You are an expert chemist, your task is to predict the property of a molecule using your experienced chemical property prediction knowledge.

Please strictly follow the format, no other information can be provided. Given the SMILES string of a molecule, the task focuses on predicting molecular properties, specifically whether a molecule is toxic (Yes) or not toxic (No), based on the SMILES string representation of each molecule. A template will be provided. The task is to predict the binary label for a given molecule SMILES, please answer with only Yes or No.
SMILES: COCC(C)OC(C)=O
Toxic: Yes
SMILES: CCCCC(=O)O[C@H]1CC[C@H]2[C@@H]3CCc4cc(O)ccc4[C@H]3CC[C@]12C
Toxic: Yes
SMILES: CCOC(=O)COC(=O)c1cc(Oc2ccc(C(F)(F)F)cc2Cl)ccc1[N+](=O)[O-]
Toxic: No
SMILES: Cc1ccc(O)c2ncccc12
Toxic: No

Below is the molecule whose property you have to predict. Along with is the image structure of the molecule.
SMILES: CCC(=O)OCCOc1ccccc1
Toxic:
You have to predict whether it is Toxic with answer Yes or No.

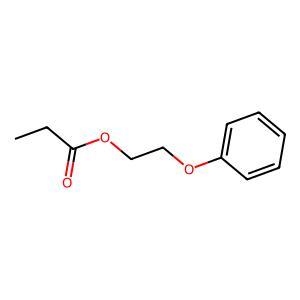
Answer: No